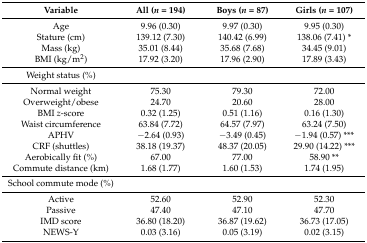
<table><thead><tr><td><b>Variable</b></td><td><b>All (<i>n</i> = 194)</b></td><td><b>Boys (<i>n</i> = 87)</b></td><td><b>Girls (<i>n</i> = 107)</b></td></tr></thead><tbody><tr><td>Age</td><td>9.96 (0.30)</td><td>9.97 (0.30)</td><td>9.95 (0.30)</td></tr><tr><td>Stature (cm)</td><td>139.12 (7.30)</td><td>140.42 (6.99)</td><td>138.06 (7.41) *</td></tr><tr><td>Mass (kg)</td><td>35.01 (8.44)</td><td>35.68 (7.68)</td><td>34.45 (9.01)</td></tr><tr><td>BMI (kg/m<sup>2</sup>)</td><td>17.92 (3.20)</td><td>17.96 (2.90)</td><td>17.89 (3.43)</td></tr><tr><td>Weight status (%)</td><td></td><td></td><td></td></tr><tr><td>Normal weight</td><td>75.30</td><td>79.30</td><td>72.00</td></tr><tr><td>Overweight/obese</td><td>24.70</td><td>20.60</td><td>28.00</td></tr><tr><td>BMI <i>z</i>-score</td><td>0.32 (1.25)</td><td>0.51 (1.16)</td><td>0.16 (1.30)</td></tr><tr><td>Waist circumference</td><td>63.84 (7.72)</td><td>64.57 (7.97)</td><td>63.24 (7.50)</td></tr><tr><td>APHV</td><td>−2.64 (0.93)</td><td>−3.49 (0.45)</td><td>−1.94 (0.57) ***</td></tr><tr><td>CRF (shuttles)</td><td>38.18 (19.37)</td><td>48.37 (20.05)</td><td>29.90 (14.22) ***</td></tr><tr><td>Aerobically fit (%)</td><td>67.00</td><td>77.00</td><td>58.90 **</td></tr><tr><td>Commute distance (km)</td><td>1.68 (1.77)</td><td>1.60 (1.53)</td><td>1.74 (1.95)</td></tr><tr><td>School commute mode (%)</td><td></td><td></td><td></td></tr><tr><td>Active</td><td>52.60</td><td>52.90</td><td>52.30</td></tr><tr><td>Passive</td><td>47.40</td><td>47.10</td><td>47.70</td></tr><tr><td>IMD score</td><td>36.80 (18.20)</td><td>36.87 (19.62)</td><td>36.73 (17.05)</td></tr><tr><td>NEWS-Y</td><td>0.03 (3.16)</td><td>0.05 (3.19)</td><td>0.02 (3.15)</td></tr></tbody></table>